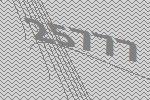
25777